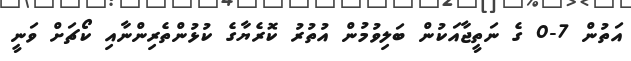
އަތުން 7-0 ގެ ނަތީޖާއަކުން ބަލިވުމުން އުތުރު ކޮރެޔާގެ ކުޅުންތެރިންނާއި ކޯޗަށް ވަނީ